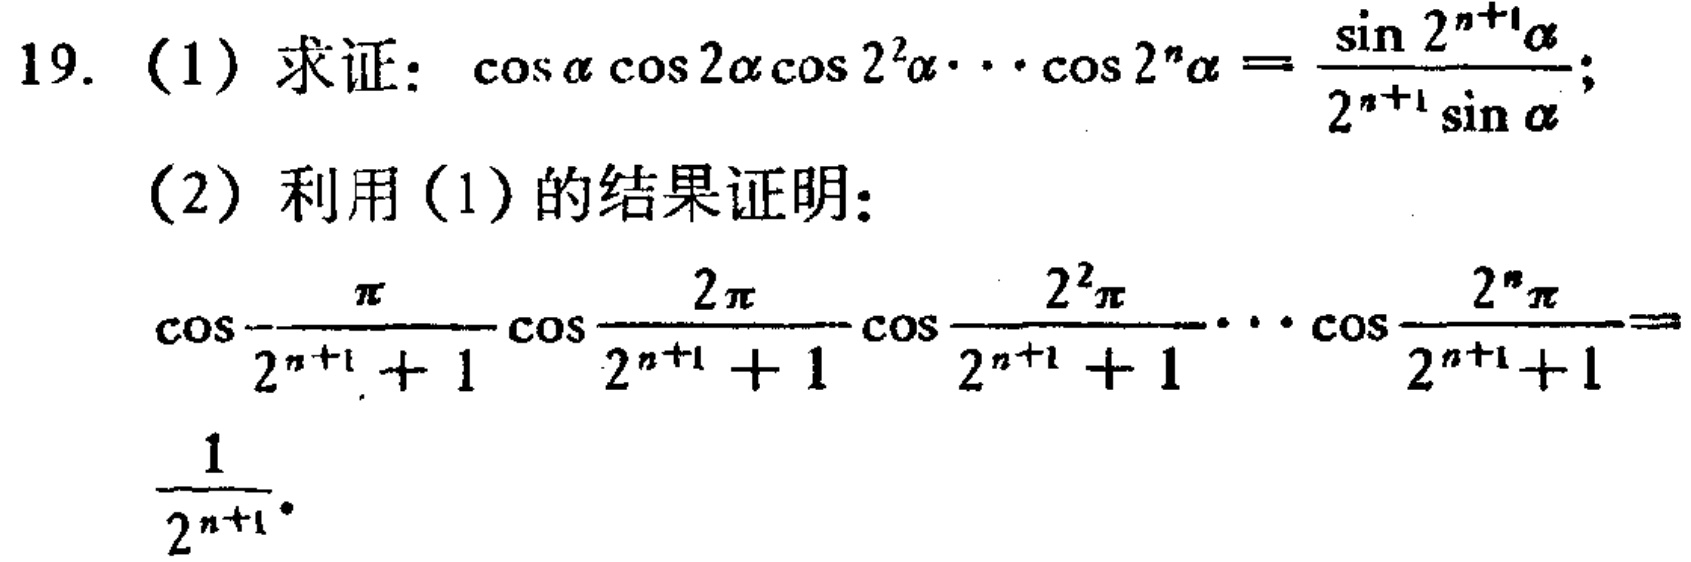
19. (1) 求证：\(\cos\alpha\cos2\alpha\cos2^{2}\alpha\cdots\cos2^{n}\alpha = \frac{\sin 2^{n + 1}\alpha}{2^{n + 1}\sin\alpha}\)；

(2) 利用(1)的结果证明：

\(\cos\frac{\pi}{2^{n + 1}+1}\cos\frac{2\pi}{2^{n + 1}+1}\cos\frac{2^{2}\pi}{2^{n + 1}+1}\cdots\cos\frac{2^{n}\pi}{2^{n + 1}+1}=\frac{1}{2^{n + 1}}\)